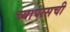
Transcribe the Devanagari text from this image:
च्यापासची